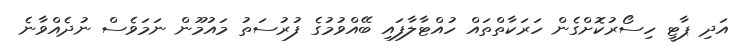
އަދި ޕާޓީ ހިސޯރުކޮށްގެން ހަރަކާތްތައް ހުއްޓާލާފައި ބޭއްވުމުގެ ފުރުސަތު މައުމޫން ނަމަވެސް ނުދެއްވާނެ